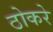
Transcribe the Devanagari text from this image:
ठोकरे